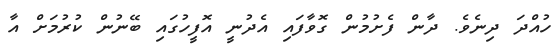
ހުއްދަ ދިނެވެ. ދާން ފެށުމުން ގޮވާފައި އެދުނީ އޮފީހުގައި ބޭނުން ކުރުމަށް އާ